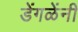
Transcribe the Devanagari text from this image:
डेंगळेंनी